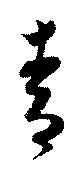
靑